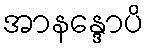
အာနန္ဒောပိ